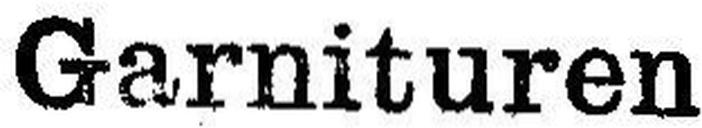
Garnituren